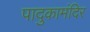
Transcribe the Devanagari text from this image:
पादुकामंदिर